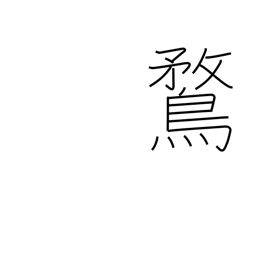
Meaning: domestic duck